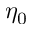
\eta _ { 0 }